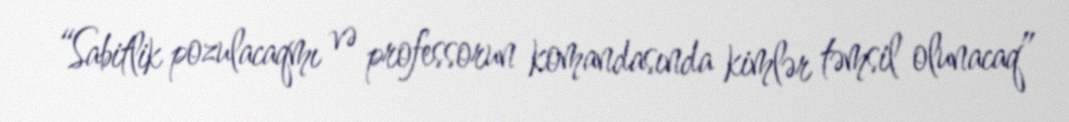
“Sabitlik pozulacaqmı və professorun komandasında kimlər təmsil olunacaq”